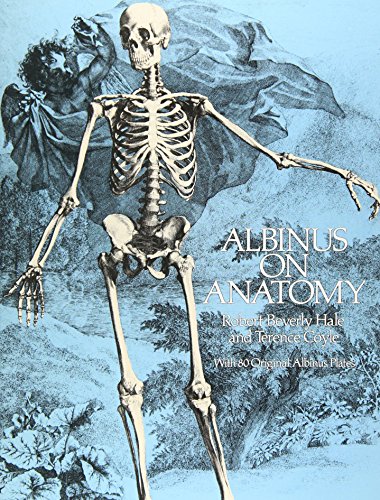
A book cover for Albinus on Anatomy (Dover Anatomy for Artists); Robert Beverly Hale; Arts & Photography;